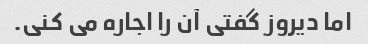
اما دیروز گفتی آن را اجاره می کنی.